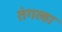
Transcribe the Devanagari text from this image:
तंगल्हा